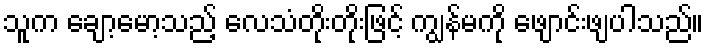
သူက ချော့မော့သည့် လေသံတိုးတိုးဖြင့် ကျွန်မကို ဖျောင်းဖျပါသည်။